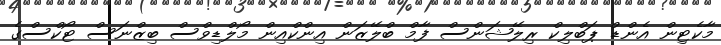
މާކެޓިން އެންޑް ޕަބްލިކް ރިލޭޝަންސް ފާމް ބްލޭޒަން އިންކްއިން މޯލްޑިވްސް ބިޒްނަސް ޓޯކްސްގެ